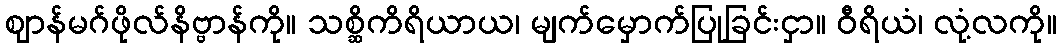
ဈာန်မဂ်ဖိုလ်နိဗ္ဗာန်ကို။ သစ္ဆိကိရိယာယ၊ မျက်မှောက်ပြုခြင်းငှာ။ ဝီရိယံ၊ လုံ့လကို။